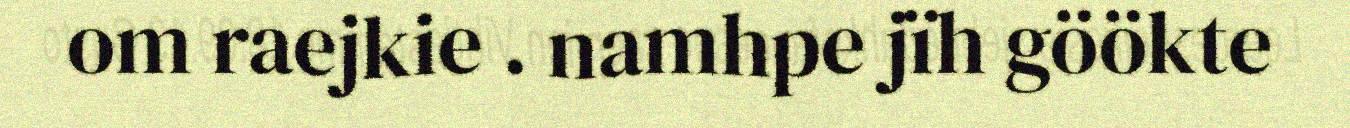
om raejkie . namhpe jïh göökte